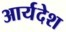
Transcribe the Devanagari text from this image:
आर्यदेश